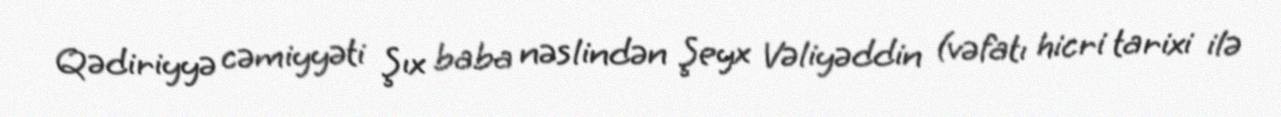
Qədiriyyə cəmiyyəti Şıx baba nəslindən Şeyx Vəliyəddin (vəfatı hicri tarixi ilə